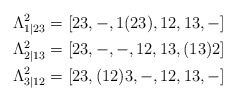
\begin{align*} \Lambda^2_{1|23} &= [23, -, 1(23), 12, 13, -] \\\Lambda^2_{2|13} &= [23, -, -, 12, 13, (13)2] \\\Lambda^2_{3|12} &= [23, (12)3,-, 12, 13, -] \end{align*}